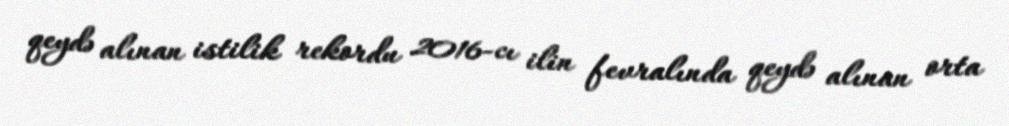
qeydə alınan istilik rekordu 2016-cı ilin fevralında qeydə alınan orta